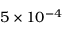
5 \times 1 0 ^ { - 4 }